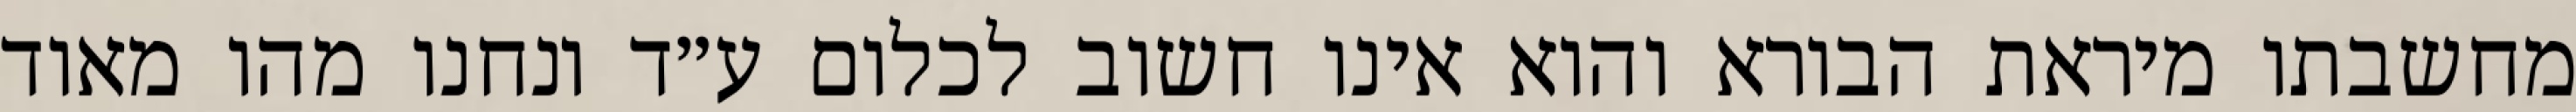
מחשבתו מיראת הבורא והוא אינו חשוב לכלום ע״ד ונחנו מהו מאוד